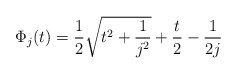
\begin{align*}\Phi_j(t)=\frac12\sqrt{t^2+\frac1{j^2}}+\frac t2 -\frac1{2j}\end{align*}